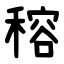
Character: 穃